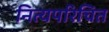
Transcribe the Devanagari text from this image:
नित्यपरिचित